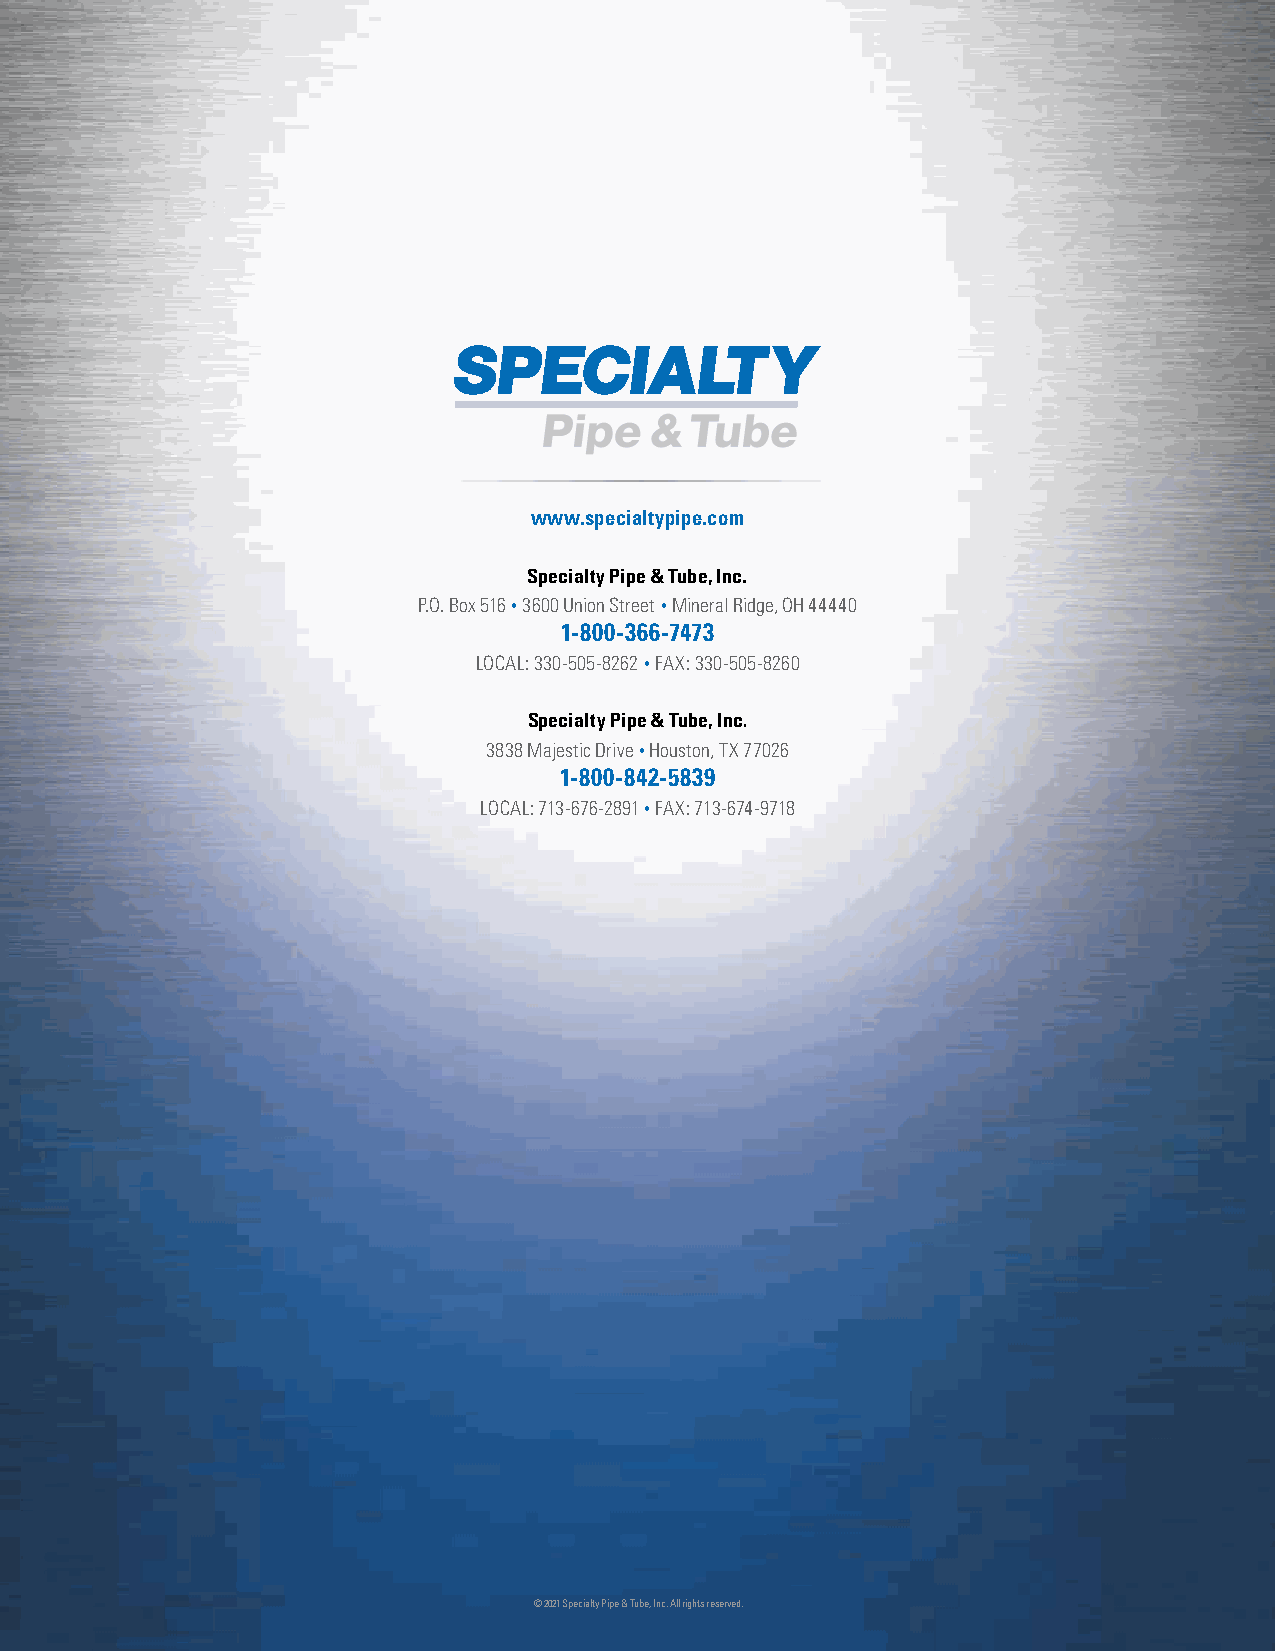
www.specialtypipe.com
 Specialty Pipe & Tube, Inc.
 P.O. Box 516 • 3600 Union Street • Mineral Ridge, OH 44440
 1-800-366-7473
 LOCAL: 330-505-8262 • FAX: 330-505-8260
 Specialty Pipe & Tube, Inc.
 3838 Majestic Drive • Houston, TX 77026
 1-800-842-5839
 LOCAL: 713-676-2891 • FAX: 713-674-9718
 © 2021 Specialty Pipe & Tube, Inc. All rights reserved.